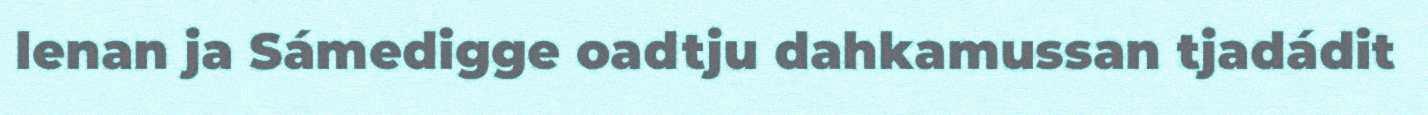
lenan ja Sámedigge oadtju dahkamussan tjadádit